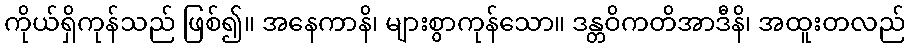
ကိုယ်ရှိကုန်သည် ဖြစ်၍။ အနေကာနိ၊ များစွာကုန်သော။ ဒန္တဝိကတိအာဒီနိ၊ အထူးတလည်